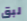
لبق